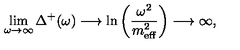
\lim _ { \omega \rightarrow \infty } \Delta ^ { + } ( \omega ) \longrightarrow \ln \left( \frac { \omega ^ { 2 } } { m _ { \mathrm { \scriptsize e f f } } ^ { 2 } } \right) \longrightarrow \infty ,